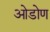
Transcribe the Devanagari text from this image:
ओडोण